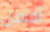
أحمل